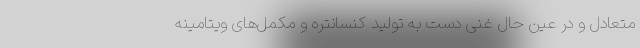
متعادل و در عین حال غنی دست به تولید کنسانتره و مکمل‌های ویتامینه